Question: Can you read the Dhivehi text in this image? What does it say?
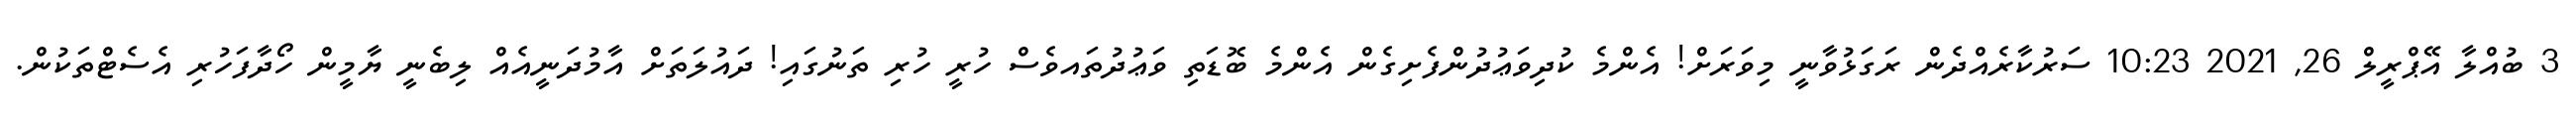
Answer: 3 ބުއްލާ އޭޕްރީލް 26, 2021 10:23 ސަރުކާރެއްދެން ރަގަޅުވާނީ މިވަރަށް! އެންމެ ކުދިވަޢުދުންފެށިގެން އެންމެ ބޮޑަތި ވަޢުދުތައވެސް ހުރީ ހުރި ތަނުގައި! ދައުލަތަށް އާމުދަނީއެއް ލިބެނީ ޔާމީން ހޯދާފަހުރި އެސެޓްތަކުން.